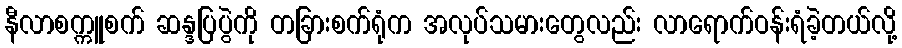
နီလာစက္ကူစက် ဆန္ဒပြပွဲကို တခြားစက်ရုံက အလုပ်သမားတွေလည်း လာရောက်ဝန်းရံခဲ့တယ်လို့